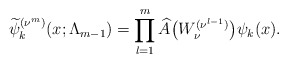
\begin{gather*} \widetilde{\psi }_{k}^{( \nu ^{m}) }(x;\Lambda _{m-1})=\prod\limits_{l=1}^{m}\widehat{A}\bigl(W_{\nu }^{( \nu ^{l-1}) }\bigr)\psi _{k}(x).\end{gather*}